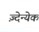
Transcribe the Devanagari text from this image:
ज़्देन्येक